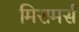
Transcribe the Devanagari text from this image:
मिरामर्स